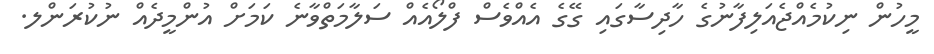
މީހުން ނިކުމެއްޖެއަލިފާނުގެ ހާދިސާގައި ގޭގެ އެއްވެސް ފްލޯއެއް ސަލާމަތްވާނެ ކަމަށް އުންމީދެއް ނުކުރަންލ.